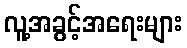
လူ့အခွင့်အရေးများ